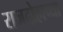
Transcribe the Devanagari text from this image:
राजदोहाच्या